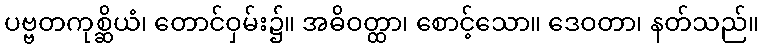
ပဗ္ဗတကုစ္ဆိယံ၊ တောင်ဝှမ်း၌။ အဓိဝတ္ထာ၊ စောင့်သော။ ဒေဝတာ၊ နတ်သည်။